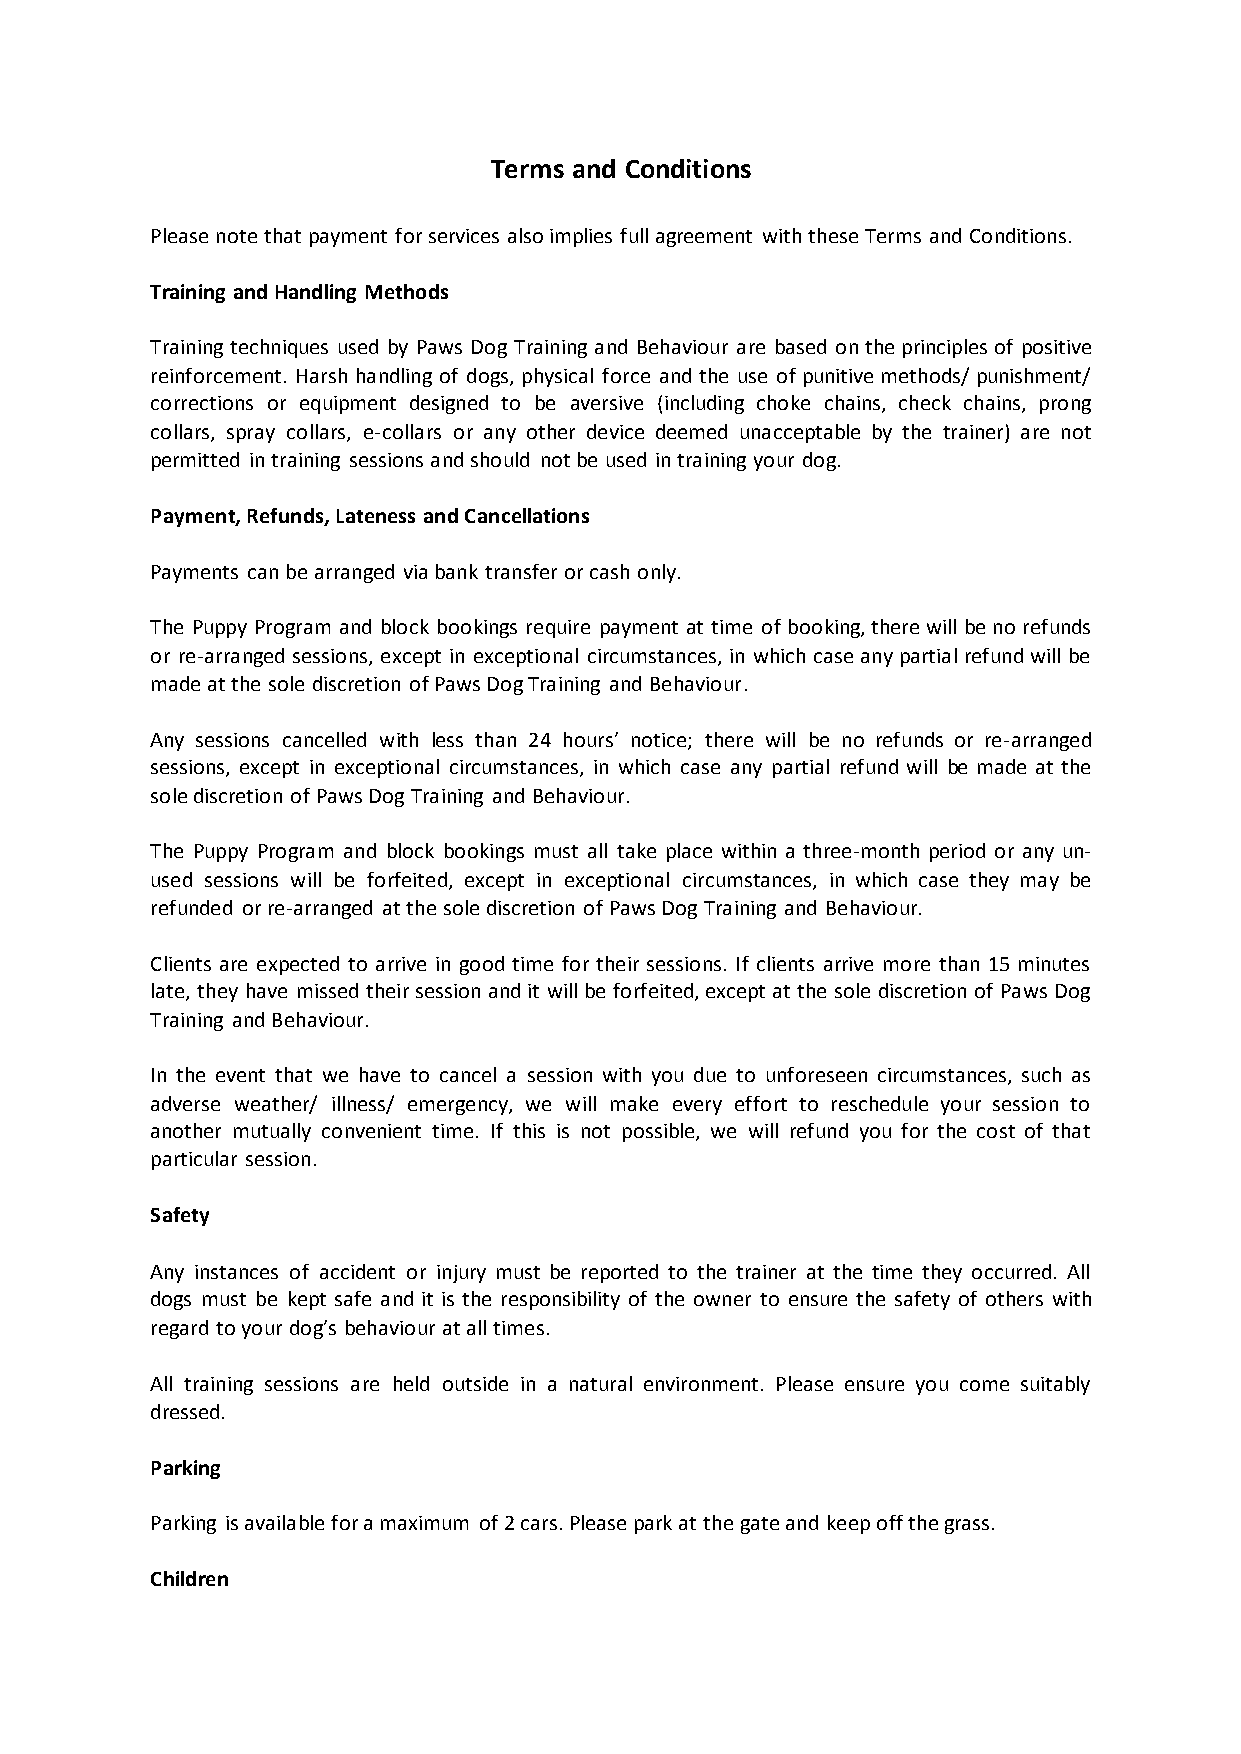
Terms and Conditions
 Please note that payment for services also implies full agreement with these Terms and Conditions.
 Training and Handling Methods
 Training techniques used by Paws Dog Training and Behaviour are based on the principles of positive
 reinforcement. Harsh handling of dogs, physical force and the use of punitive methods/ punishment/
 corrections or equipment designed to be aversive (including choke chains, check chains, prong
 collars, spray collars, e-collars or any other device deemed unacceptable by the trainer) are not
 permitted in training sessions and should not be used in training your dog.
 Payment, Refunds, Lateness and Cancellations
 Payments can be arranged via bank transfer or cash only.
 The Puppy Program and block bookings require payment at time of booking, there will be no refunds
 or re-arranged sessions, except in exceptional circumstances, in which case any partial refund will be
 made at the sole discretion of Paws Dog Training and Behaviour.
 Any sessions cancelled with less than 24 hours’ notice; there will be no refunds or re-arranged
 sessions, except in exceptional circumstances, in which case any partial refund will be made at the
 sole discretion of Paws Dog Training and Behaviour.
 The Puppy Program and block bookings must all take place within a three-month period or any un-
 used sessions will be forfeited, except in exceptional circumstances, in which case they may be
 refunded or re-arranged at the sole discretion of Paws Dog Training and Behaviour.
 Clients are expected to arrive in good time for their sessions. If clients arrive more than 15 minutes
 late, they have missed their session and it will be forfeited, except at the sole discretion of Paws Dog
 Training and Behaviour.
 In the event that we have to cancel a session with you due to unforeseen circumstances, such as
 adverse weather/ illness/ emergency, we will make every effort to reschedule your session to
 another mutually convenient time. If this is not possible, we will refund you for the cost of that
 particular session.
 Safety
 Any instances of accident or injury must be reported to the trainer at the time they occurred. All
 dogs must be kept safe and it is the responsibility of the owner to ensure the safety of others with
 regard to your dog’s behaviour at all times.
 All training sessions are held outside in a natural environment. Please ensure you come suitably
 dressed.
 Parking
 Parking is available for a maximum of 2 cars. Please park at the gate and keep off the grass.
 Children